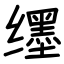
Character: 𬙊